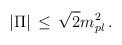
LaTeX: \begin{align*}| \Pi | \, \leq \, \sqrt{2} m_{pl}^2 \, .\end{align*}